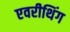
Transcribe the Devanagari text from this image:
एवरीथिंग